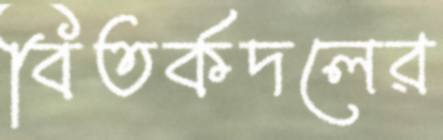
বিতর্কদলের